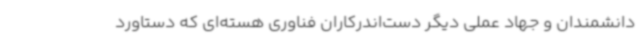
دانشمندان و جهاد عملی دیگر دست‌اندرکاران فناوری هسته‌ای که دستاورد